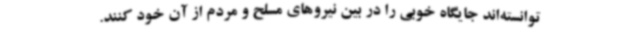
توانسته‌اند جایگاه خوبی را در بین نیروهای مسلح و مردم از آن خود کنند.